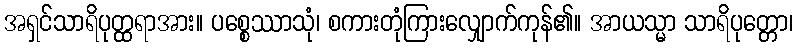
အရှင်သာရိပုတ္ထရာအား။ ပစ္စေဿာသုံ၊ စကားတုံကြားလျှောက်ကုန်၏။ အာယသ္မာ သာရိပုတ္တော၊